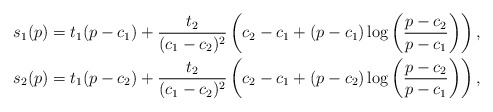
\begin{align*}s_{1}(p) & =t_{1}(p-c_{1})+\frac{t_{2}}{(c_{1}-c_{2})^{2}}\left(c_{2}-c_{1}+(p-c_{1})\log\left(\frac{p-c_{2}}{p-c_{1}}\right)\right),\\s_{2}(p) & =t_{1}(p-c_{2})+\frac{t_{2}}{(c_{1}-c_{2})^{2}}\left(c_{2}-c_{1}+(p-c_{2})\log\left(\frac{p-c_{2}}{p-c_{1}}\right)\right),\end{align*}